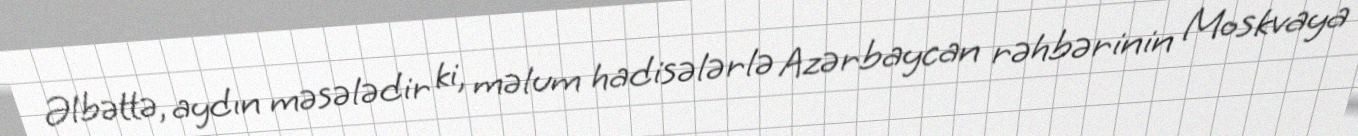
Əlbəttə, aydın məsələdir ki, məlum hadisələrlə Azərbaycan rəhbərinin Moskvaya